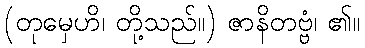
(တုမှေဟိ၊ တို့သည်။) ဇာနိတဗ္ဗံ၊ ၏။